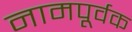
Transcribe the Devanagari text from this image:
नामपूर्वक